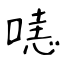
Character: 𠹤